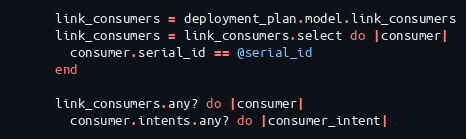
Language: Ruby
      link_consumers = deployment_plan.model.link_consumers
      link_consumers = link_consumers.select do |consumer|
        consumer.serial_id == @serial_id
      end

      link_consumers.any? do |consumer|
        consumer.intents.any? do |consumer_intent|